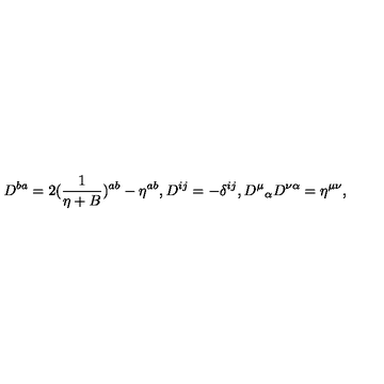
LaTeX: D ^ { b a } = 2 ( { \frac { 1 } { \eta + B } } ) ^ { a b } - \eta ^ { a b } , D ^ { i j } = - \delta ^ { i j } , { D ^ { \mu } } _ { \alpha } D ^ { \nu \alpha } = \eta ^ { \mu \nu } ,